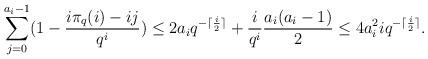
LaTeX: \begin{align*}\sum_{j=0}^{a_i-1} ( 1-\frac{i\pi_q(i)-ij}{q^i}) \le 2a_i q^{-\lceil \frac{i}{2} \rceil} + \frac{i}{q^i} \frac{a_i(a_i-1)}{2} \le 4a_i^2 i q^{-\lceil \frac{i}{2} \rceil}.\end{align*}